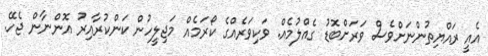
އެއީ ރައްޔިތުންނަށްވެސް ވަރަށްބޮޑު ގެއްލުމެއް. ވަކިވަރެއްގެ ކޯރަމެއް މަޖިލީހުން ކަންކުރާއިރު އޮންނާން ޖެހޭ.